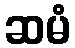
ဆမံ